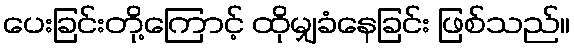
ပေးခြင်းတို့ကြောင့် ထိုမျှခံနေခြင်း ဖြစ်သည်။